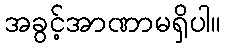
အခွင့်အာဏာမရှိပါ။